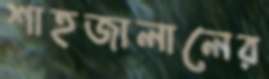
শাহজালালের